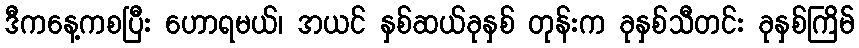
ဒီကနေ့ကစပြီး ဟောရမယ်၊ အယင် နှစ်ဆယ်ခုနှစ် တုန်းက ခုနှစ်သီတင်း ခုနှစ်ကြိမ်